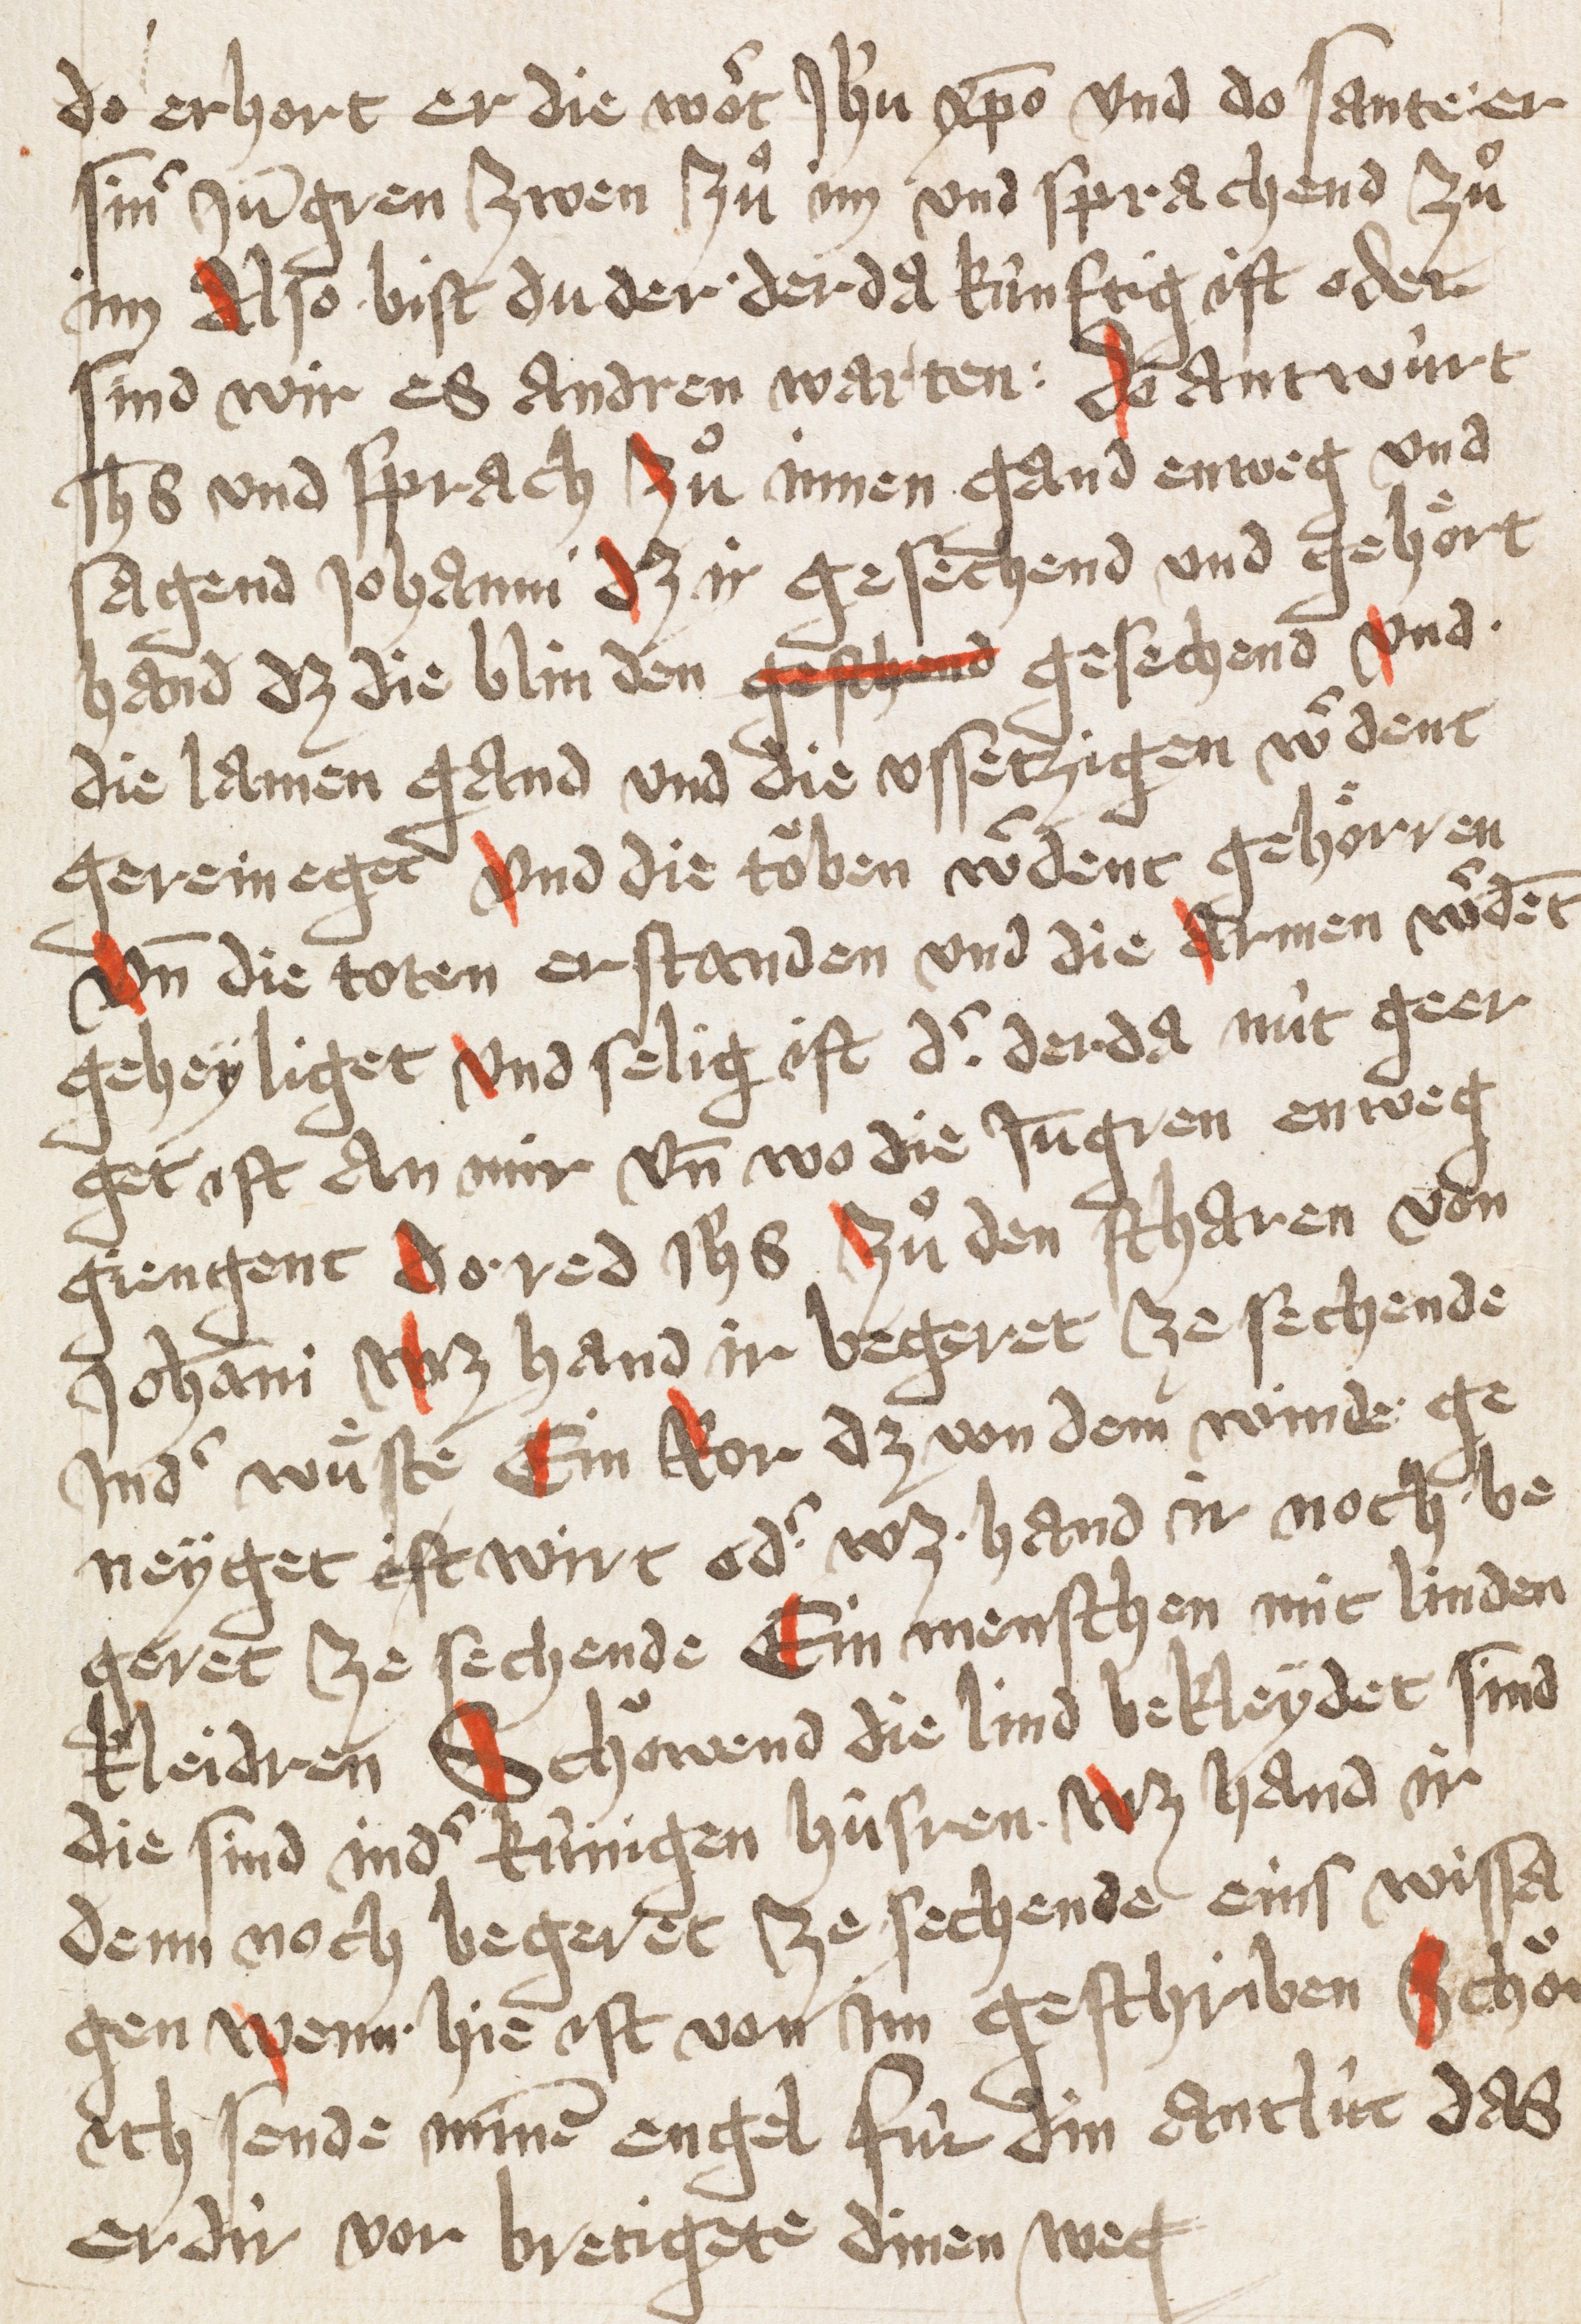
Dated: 1432–1432